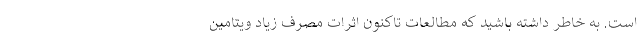
است. به خاطر داشته باشید که مطالعات تاکنون اثرات مصرف زیاد ویتامین